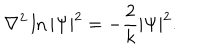
\nabla ^ { 2 } \ln | \Psi | ^ { 2 } = - \frac { 2 } { k } | \Psi | ^ { 2 } .